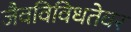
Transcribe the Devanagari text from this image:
जैवविविधतेवर